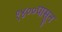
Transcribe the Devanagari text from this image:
१४००पासून